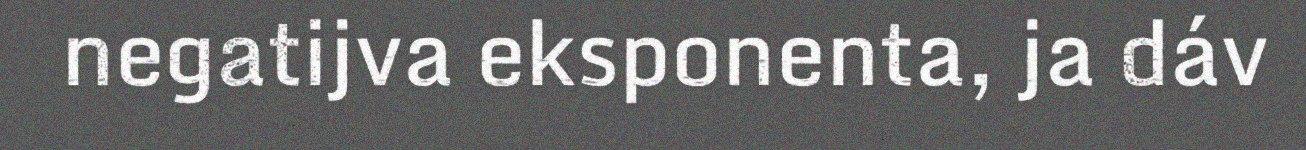
negatijva eksponenta, ja dáv